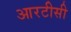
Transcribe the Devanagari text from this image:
आरटीसी